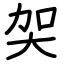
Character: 㚙